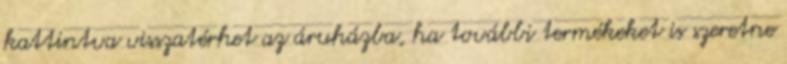
kattintva visszatérhet az áruházba, ha további termékeket is szeretne